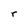
Character: r